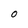
Character: 0